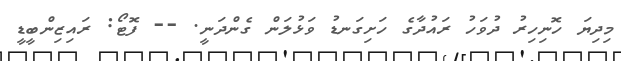
މިދިޔަ ހޮނިހިރު ދުވަހު ރައުދާގެ ހަށިގަނޑު ވަޅުލަން ގެންދަނީ. -- ފޮޓޯ: ރައިޒިންބީޑީ